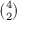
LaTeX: \textstyle { \binom { 4 } { 2 } }